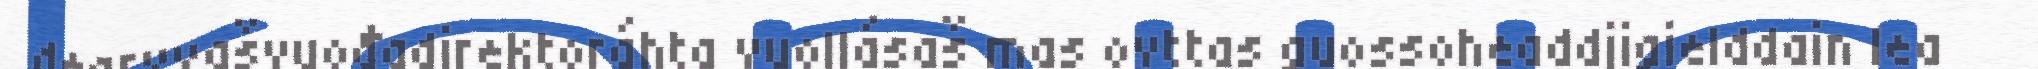
dearvvašvuođadirektoráhta vuollásaš mas ovttas guossoheaddjigielddain lea